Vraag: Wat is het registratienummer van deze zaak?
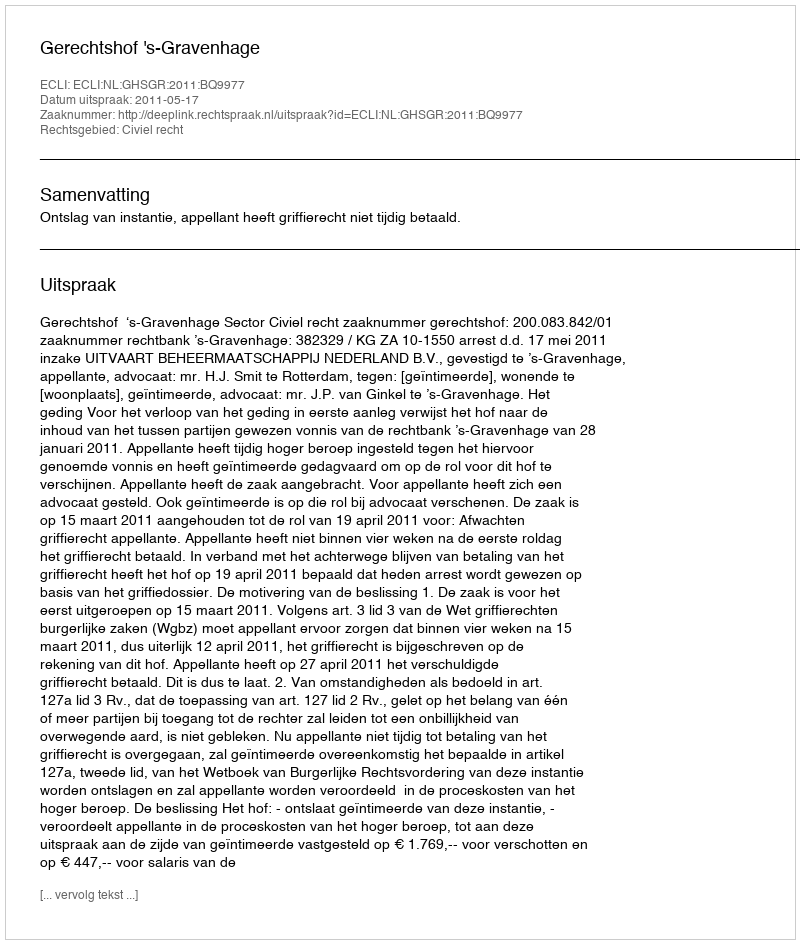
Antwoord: http://deeplink.rechtspraak.nl/uitspraak?id=ECLI:NL:GHSGR:2011:BQ9977